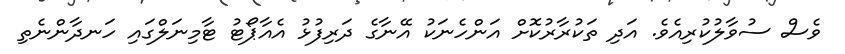
ވެސް ސުވާލުކުރިއެވެ. އަދި ތަކުރާރުކޮށް އަންހެނަކު އޭނާގެ ދަރިފުޅު އެއާޕޯޓު ޓާމިނަލްގައި ހަނދާންނެތި